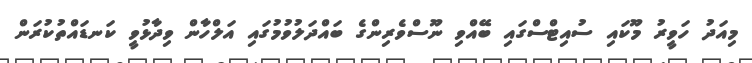
މިއަދު ހަވީރު މޫކައި ސުއިޓްސްގައި ބޭއްވި ނޫސްވެރިންގެ ބައްދަލުވުމުގައި އަލްހާން ވިދާޅުވީ ކަނޑައްތުކުރަން